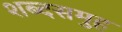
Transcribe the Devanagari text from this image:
शब्दसमुह